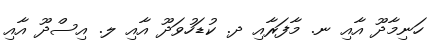
ހަނިމާދޫ އާއި ނ. މާފަރާއި ދ. ކުޑަހުވަދޫ އާއި ލ. އިސްދޫ އާއި